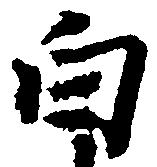
白